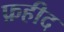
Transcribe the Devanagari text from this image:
फ़हीद